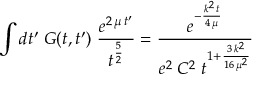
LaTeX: \int d t ^ { \prime } \; G ( t , t ^ { \prime } ) \; \frac { e ^ { 2 \, \mu \, t ^ { \prime } } } { t ^ { \frac 5 2 } } = \frac { e ^ { - \frac { k ^ { 2 } \, t } { 4 \, \mu } } } { e ^ { 2 } \; C ^ { 2 } \; t ^ { 1 + \frac { 3 \, k ^ { 2 } } { 1 6 \, \mu ^ { 2 } } } }